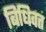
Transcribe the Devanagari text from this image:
बिधिवत